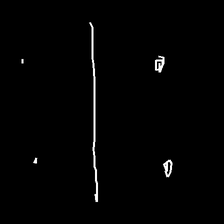
Glyph: cool